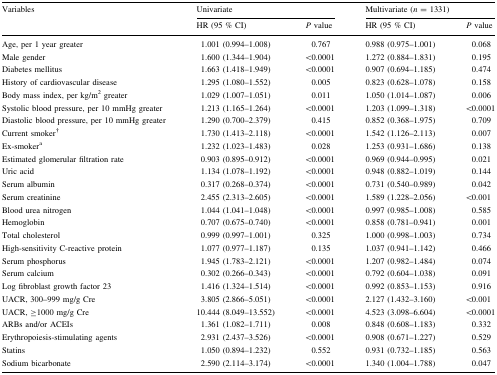
<table><thead><tr><td rowspan="2"><b>Variables</b></td><td colspan="2"><b>Univariate</b></td><td colspan="2"><b>Multivariate (<i>n</i> = 1331)</b></td></tr><tr><td><b>HR (95 % CI)</b></td><td><b><i>P</i> value</b></td><td><b>HR (95 % CI)</b></td><td><b><i>P</i> value</b></td></tr></thead><tbody><tr><td>Age, per 1 year greater</td><td>1.001 (0.994–1.008)</td><td>0.767</td><td>0.988 (0.975–1.001)</td><td>0.068</td></tr><tr><td>Male gender</td><td>1.600 (1.344–1.904)</td><td>&lt;0.0001</td><td>1.272 (0.884–1.831)</td><td>0.195</td></tr><tr><td>Diabetes mellitus</td><td>1.663 (1.418–1.949)</td><td>&lt;0.0001</td><td>0.907 (0.694–1.185)</td><td>0.474</td></tr><tr><td>History of cardiovascular disease</td><td>1.295 (1.080–1.552)</td><td>0.005</td><td>0.823 (0.628–1.078)</td><td>0.158</td></tr><tr><td>Body mass index, per kg/m<sup>2</sup> greater</td><td>1.029 (1.007–1.051)</td><td>0.011</td><td>1.050 (1.014–1.087)</td><td>0.006</td></tr><tr><td>Systolic blood pressure, per 10 mmHg greater</td><td>1.213 (1.165–1.264)</td><td>&lt;0.0001</td><td>1.203 (1.099–1.318)</td><td>&lt;0.0001</td></tr><tr><td>Diastolic blood pressure, per 10 mmHg greater</td><td>1.290 (0.700–2.379)</td><td>0.415</td><td>0.852 (0.368–1.975)</td><td>0.709</td></tr><tr><td>Current smoker<sup>†</sup></td><td>1.730 (1.413–2.118)</td><td>&lt;0.0001</td><td>1.542 (1.126–2.113)</td><td>0.007</td></tr><tr><td>Ex-smoker<sup>a</sup></td><td>1.232 (1.023–1.483)</td><td>0.028</td><td>1.253 (0.931–1.686)</td><td>0.138</td></tr><tr><td>Estimated glomerular filtration rate</td><td>0.903 (0.895–0.912)</td><td>&lt;0.0001</td><td>0.969 (0.944–0.995)</td><td>0.021</td></tr><tr><td>Uric acid</td><td>1.134 (1.078–1.192)</td><td>&lt;0.0001</td><td>0.948 (0.882–1.019)</td><td>0.144</td></tr><tr><td>Serum albumin</td><td>0.317 (0.268–0.374)</td><td>&lt;0.0001</td><td>0.731 (0.540–0.989)</td><td>0.042</td></tr><tr><td>Serum creatinine</td><td>2.455 (2.313–2.605)</td><td>&lt;0.0001</td><td>1.589 (1.228–2.056)</td><td>&lt;0.001</td></tr><tr><td>Blood urea nitrogen</td><td>1.044 (1.041–1.048)</td><td>&lt;0.0001</td><td>0.997 (0.985–1.008)</td><td>0.585</td></tr><tr><td>Hemoglobin</td><td>0.707 (0.675–0.740)</td><td>&lt;0.0001</td><td>0.858 (0.781–0.941)</td><td>0.001</td></tr><tr><td>Total cholesterol</td><td>0.999 (0.997–1.001)</td><td>0.325</td><td>1.000 (0.998–1.003)</td><td>0.734</td></tr><tr><td>High-sensitivity C-reactive protein</td><td>1.077 (0.977–1.187)</td><td>0.135</td><td>1.037 (0.941–1.142)</td><td>0.466</td></tr><tr><td>Serum phosphorus</td><td>1.945 (1.783–2.121)</td><td>&lt;0.0001</td><td>1.207 (0.982–1.484)</td><td>0.074</td></tr><tr><td>Serum calcium</td><td>0.302 (0.266–0.343)</td><td>&lt;0.0001</td><td>0.792 (0.604–1.038)</td><td>0.091</td></tr><tr><td>Log fibroblast growth factor 23</td><td>1.416 (1.324–1.514)</td><td>&lt;0.0001</td><td>0.992 (0.853–1.153)</td><td>0.916</td></tr><tr><td>UACR, 300–999 mg/g Cre</td><td>3.805 (2.866–5.051)</td><td>&lt;0.0001</td><td>2.127 (1.432–3.160)</td><td>&lt;0.001</td></tr><tr><td>UACR, ≥1000 mg/g Cre</td><td>10.444 (8.049–13.552)</td><td>&lt;0.0001</td><td>4.523 (3.098–6.604)</td><td>&lt;0.0001</td></tr><tr><td>ARBs and/or ACEIs</td><td>1.361 (1.082–1.711)</td><td>0.008</td><td>0.848 (0.608–1.183)</td><td>0.332</td></tr><tr><td>Erythropoiesis-stimulating agents</td><td>2.931 (2.437–3.526)</td><td>&lt;0.0001</td><td>0.908 (0.671–1.227)</td><td>0.529</td></tr><tr><td>Statins</td><td>1.050 (0.894–1.232)</td><td>0.552</td><td>0.931 (0.732–1.185)</td><td>0.563</td></tr><tr><td>Sodium bicarbonate</td><td>2.590 (2.114–3.174)</td><td>&lt;0.0001</td><td>1.340 (1.004–1.788)</td><td>0.047</td></tr></tbody></table>